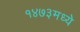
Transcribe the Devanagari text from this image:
१४७३मध्ये